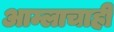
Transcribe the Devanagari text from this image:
आम्लाचाही